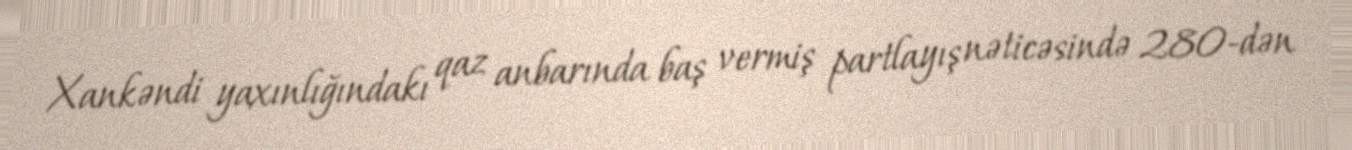
Xankəndi yaxınlığındakı qaz anbarında baş vermiş partlayış nəticəsində 280-dən